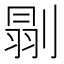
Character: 𠞈